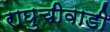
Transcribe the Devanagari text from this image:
राघुचीवाडी